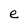
Character: e